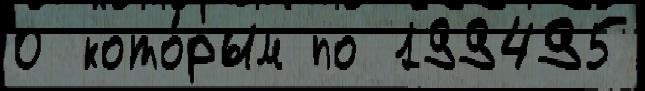
0 кото́рым по 199495